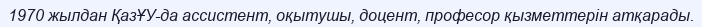
1970 жылдан ҚазҰУ-да ассистент, оқытушы, доцент, професор қызметтерін атқарады.